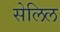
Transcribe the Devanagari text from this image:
सेलिल